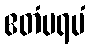
ဧတံပရမံ